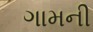
ગામની